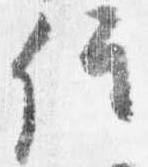
位